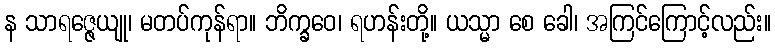
န သာရဇ္ဇေယျု၊ မတပ်ကုန်ရာ။ ဘိက္ခဝေ၊ ရဟန်းတို့။ ယသ္မာ စေ ခေါ၊ အကြင်ကြောင့်လည်း။